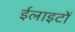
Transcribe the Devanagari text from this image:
ईलाइटों